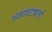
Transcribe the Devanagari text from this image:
सजावटकर्ता